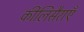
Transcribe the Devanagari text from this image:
कीलिसैराएँ